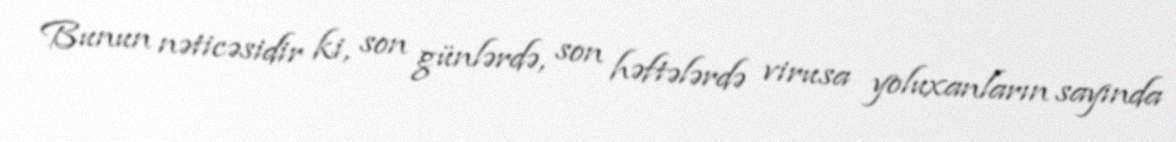
Bunun nəticəsidir ki, son günlərdə, son həftələrdə virusa yoluxanların sayında